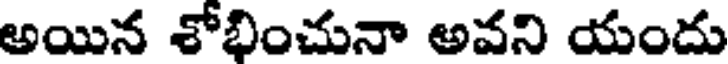
అయిన శోభించునా అవని యందు